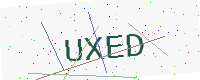
Text: UXED